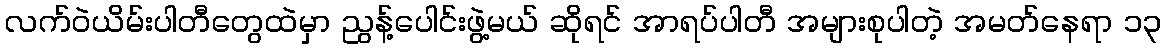
လက်ဝဲယိမ်းပါတီတွေထဲမှာ ညွန့်ပေါင်းဖွဲ့မယ် ဆိုရင် အာရပ်ပါတီ အများစုပါတဲ့ အမတ်နေရာ ၁၃